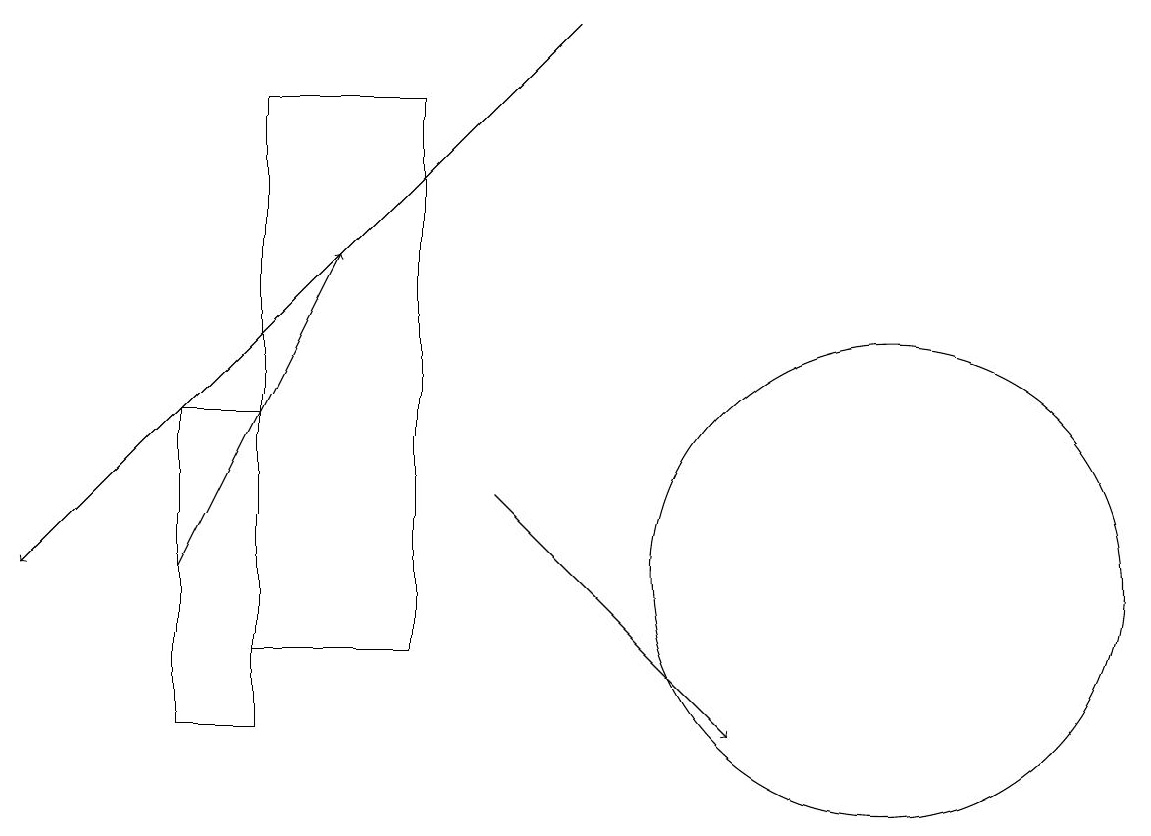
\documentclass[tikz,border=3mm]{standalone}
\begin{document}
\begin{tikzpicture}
\draw[->] (2,12) -- (4,16);
\draw (2,14) rectangle (3,10);
\draw[->] (6,13) -- (9,10);
\draw (11,12) circle (3);
\draw[->] (7,19) -- (0,12);
\draw (3,18) rectangle (5,11);
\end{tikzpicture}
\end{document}